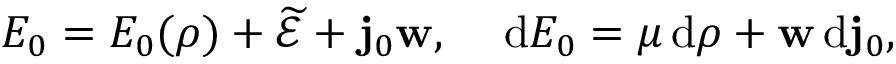
E _ { 0 } = E _ { 0 } ( \rho ) + \ensuremath { \widetilde { \mathcal { E } } } + \ensuremath { \mathbf { j } _ { 0 } } \ensuremath { \mathbf { w } } , \quad \, \mathrm { d } E _ { 0 } = \mu \, \mathrm { d } \rho + \ensuremath { \mathbf { w } } \, \mathrm { d } \ensuremath { \mathbf { j } _ { 0 } } ,